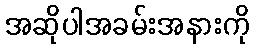
အဆိုပါအခမ်းအနားကို